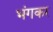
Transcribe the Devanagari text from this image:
भंगकर